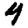
Digit: 4